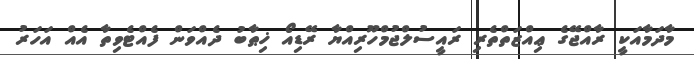
މާދަމާއަކީ ރާއްޖޭގެ ޢިއްޒަތްތެރި ރައީސުލްޖުމްހޫރިއްޔާ ރޭޑިއޯ ޚިޠާބު ދެއްވަން ފެއްޓެވިތާ އެއް އަހަރު